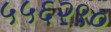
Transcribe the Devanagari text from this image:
५५६२९०